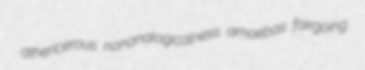
athericerous nonanalogicalness amoebas fairgoing